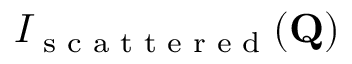
I _ { \textrm { s c a t t e r e d } } ( \mathbf { Q } )